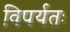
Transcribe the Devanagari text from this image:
विपर्यतः